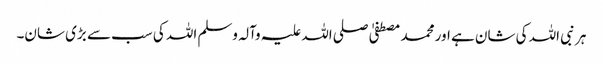
ہر نبی اللہ کی شان ہے اور محمد مصطفیٰ صلی اللہ علیہ وآلہ وسلم اللہ کی سب سے بڑی شان۔